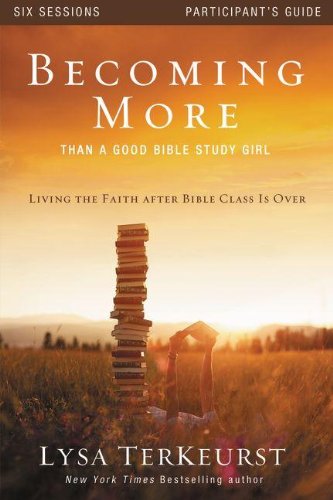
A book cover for Becoming More Than a Good Bible Study Girl Participant's Guide: Living the Faith after Bible Class Is Over; Lysa TerKeurst; Christian Books & Bibles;